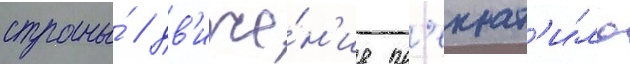
страны́ / дв'иже́н'ие пр'екрат'и́ло